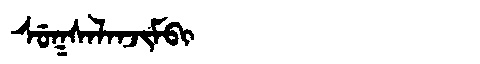
Manchu: ᠰᡠᡴᠰᠠᠯᠠᠨᠵᡳᠮᠪᡳ
Romanization: SUKSALANJIMBI